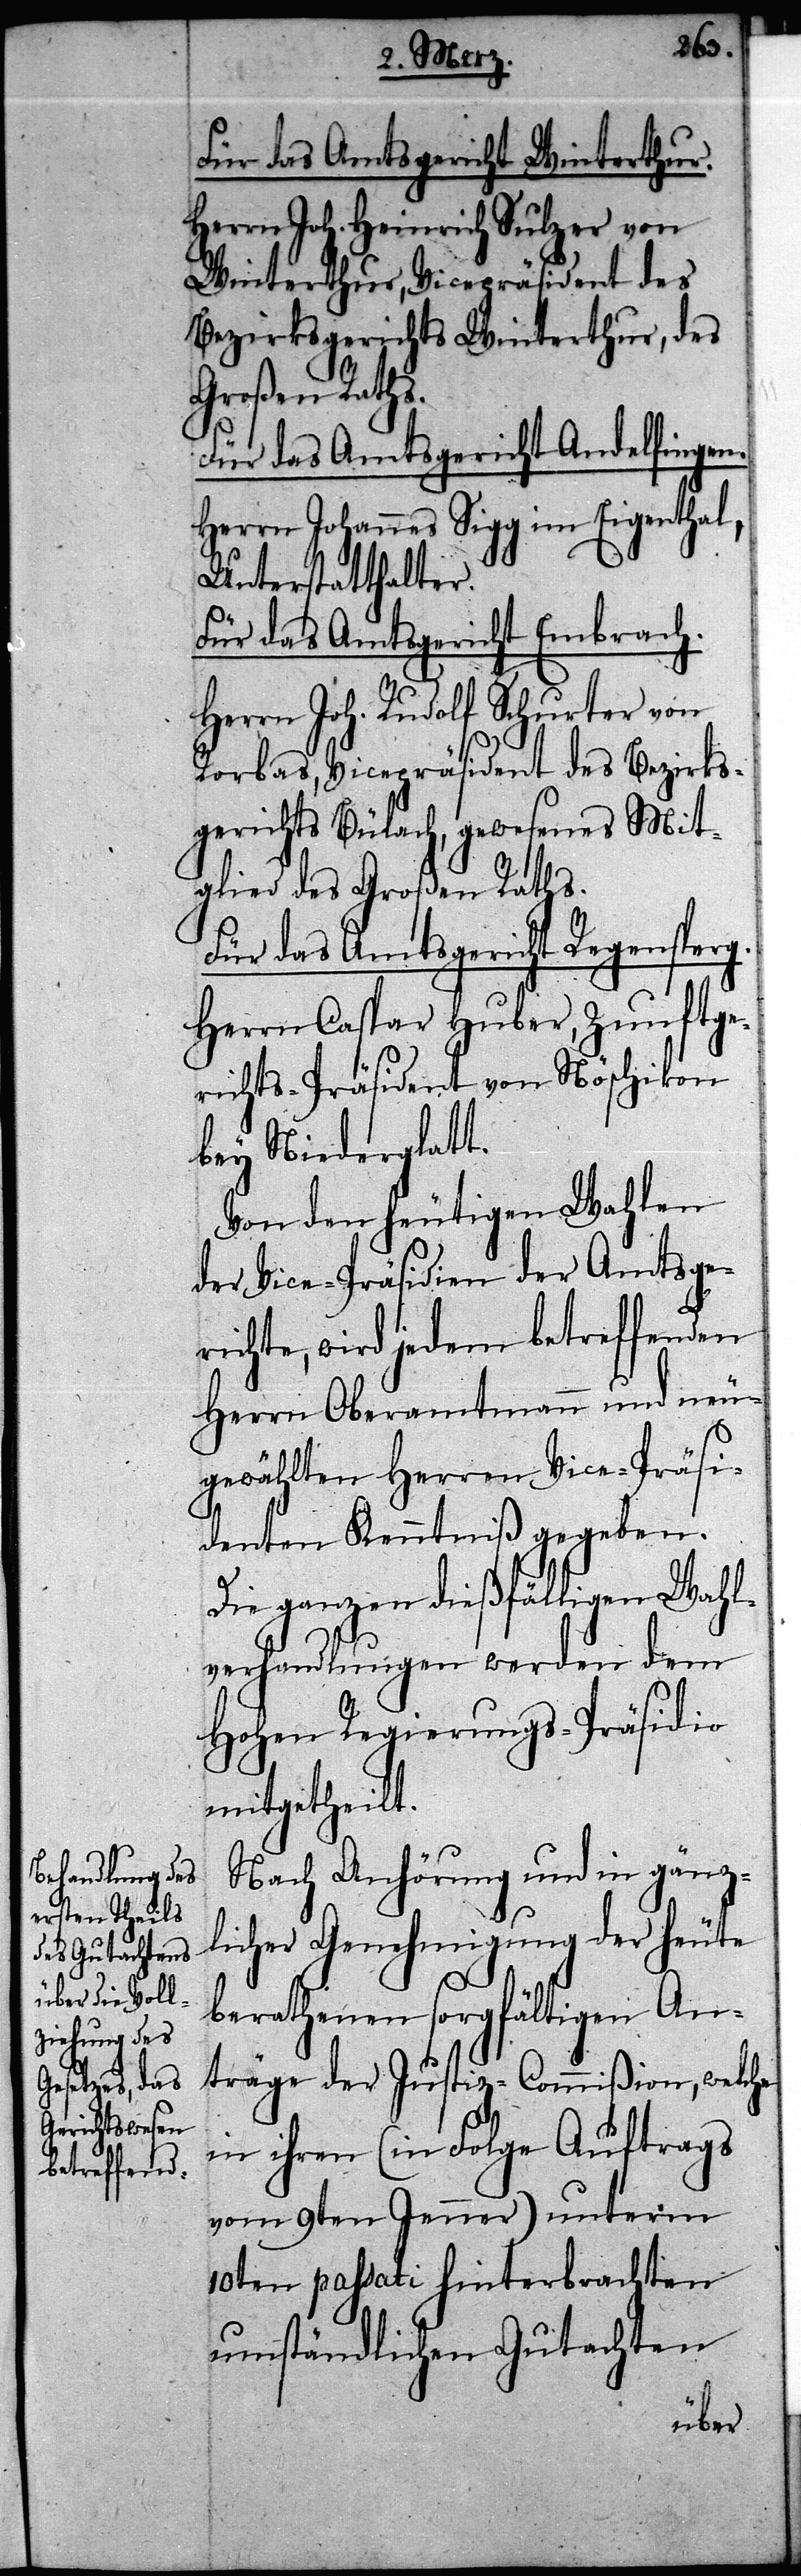
Für das Amtsgericht Winterthur.
Herrn Joh. Heinrich Sulzer von
Winterthur, Vicepräsident des
Bezirksgerichts Winterthur, des
Großen Raths.
Für das Amtsgericht Andelfingen.
Herrn Johannes Sigg im Eigenthal,
Unterstatthalter.
Für das Amtsgericht Embrach.
Herrn Joh. Rudolf Schurter von
Rorbas, Vicepräsident des Bezirks¬
gerichts Bülach, gewesenes Mit¬
glied des Großen Raths.
Für das Amtsgericht Regensperg.
Herrn Caspar Huber, Zunftge¬
richts-Präsident von Nöschikon
bey Niederglatt.
Von den heutigen Wahlen
der Vice-Präsidenten der Amtsge¬
richte, wird jedem betreffenden
Herrn Oberamtmann und neu¬
gewählten Herren Vice-Präsi¬
denten Kenntniß gegeben.
Die ganzen dießfälligen Wahl¬
verhandlungen werden dem
Hohen Regierungs-Präsidio
mitgetheilt.
Nach Anhörung und in gänz¬
licher Genehmigung der heute
berathenden sorgfältigen An¬
träge der Justiz-Commißion, welche
in ihren (in Folge Auftrags
vom 9ten Jenner) unterm
10ten passati hinterbrachten
umständlichen Gutachten